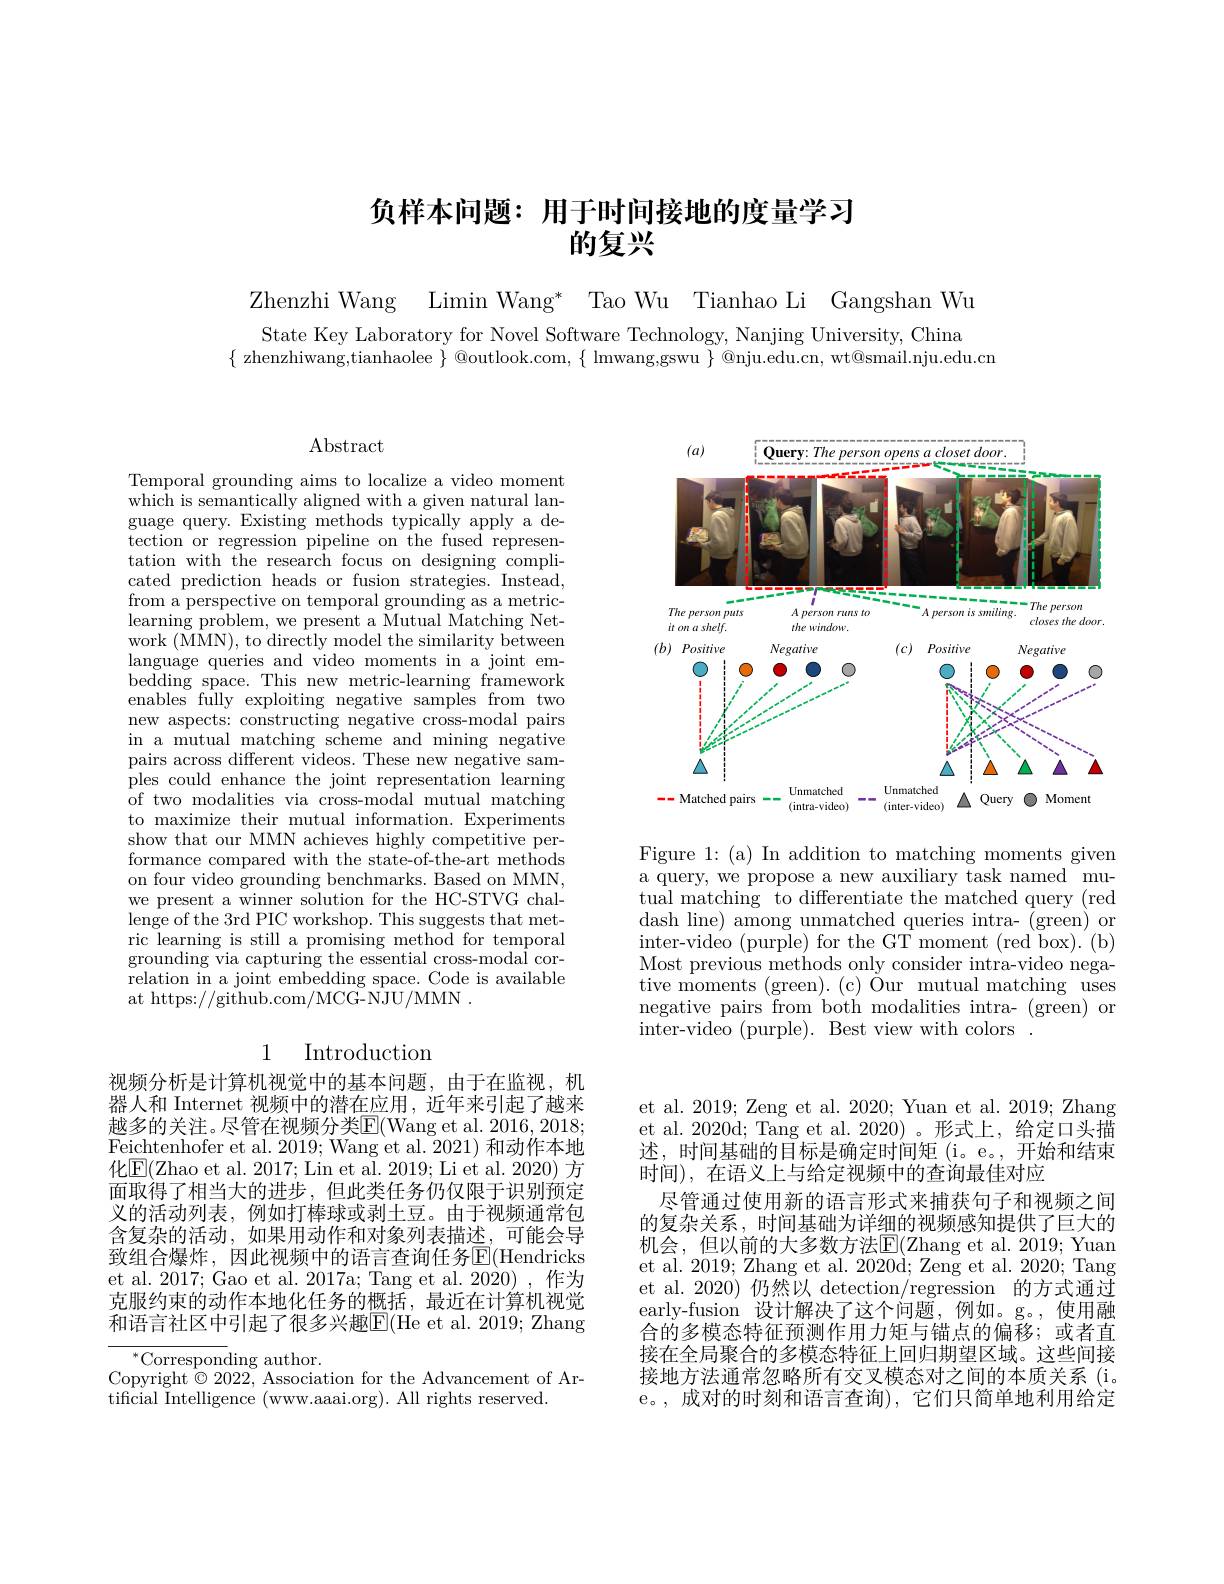
# 负样本问题：用于时间接地的度量学习的复兴

Zhenzhi Wang Limin Wang* Tao Wu Tianhao Li Gangshan Wu

State Key Laboratory for Novel Software Technology, Nanjing University, China
$\{$ zhenzhiwang,tianhaolee $\}$ @outlook.com, $\{$ lmwang,gswu $\}$ @nju.edu.cn, wt@smail.nju.edu.cn

$\operatorname{Abstract}$

Temporal grounding aims to localize a video moment $\bar{\text{which is semantically aligned with a given natural lan-}}$ guage query. Existing methods typically apply a detection or regression pipeline on the fused representation with the research focus on designing complicated prediction heads or fusion strategies. Instead, from a perspective on temporal grounding as a metriclearning problem, we present a Mutual Matching Network (MMN), to directly model the similarity between language queries and video moments in a joint embedding space. This new metric-learning framework enables fully exploiting negative samples from two new aspects: constructing negative cross-modal pairs in a mutual matching scheme and mining negative pairs across different videos. These new negative samples could enhance the joint representation learning of two modalities via cross-modal mutual matching to maximize their mutual information. Experiments show that our MMN achieves highly competitive performance compared with the state-of-the-art methods on four video grounding benchmarks. Based on MMN, we present a winner solution for the HC-STVG challenge of the 3rd PIC workshop. This suggests that metric learning is still a promising method for temporal grounding via capturing the essential cross-modal correlation in a joint embedding space. Code is available at https://github.com/MCG-NJU/MMN~.

## 1 Introduction

视频分析是计算机视觉中的基本问题，由于在监视，机器人和 Internet 视频中的潜在应用，近年来引起了越来越多的关注。尽管在视频分类E(Wang et al. 2016, 2018; Feichtenhofer et al. 2019; Wang et al. 2021) 和动作本地化$\boxed{\mathrm{E}}($Zhao et al. 2017; Lin et al. 2019; Li et al. 2020) 方面取得了相当大的进步，但此类任务仍仅限于识别预定义的活动列表，例如打棒球或剥土豆。由于视频通常包含复杂的活动，如果用动作和对象列表描述，可能会导致组合爆炸，因此视频中的语言查询任务$\mathbb{E}($Hendricks et al. 2017; Gao et al. 2017a; Tang et al. 2020), 作为克服约束的动作本地化任务的概括，最近在计算机视觉和语言社区中引起了很多兴趣$\overline{\mathrm{E}}($He et al. 2019; Zhang

$^{*}$Corresponding author.
Copyright $\odot2022$, Association for the Advancement of Ar-
tificial Intelligence (www.aaai.org). All rights reserved.

<FigureHere>

Figure 1:(a) In addition to matching moments given a query, we propose a new auxiliary task named mutual matching to differentiate the matched query (red dash line) among unmatched queries intra- (green) or inter-video (purple) for the GT moment (red box). (b) Most previous methods only consider intra-video negative moments (green). (c) Our mutual matching uses negative pairs from both modalities intra- (green) or inter-video (purple). Best view with colors .

et al. 2019; Zeng et al. 2020; Yuan et al. 2019; Zhang et al. 2020d; Tang et al. 2020)。形式上，给定口头描述，时间基础的目标是确定时间矩(i。e。,开始和结束时间), 在语义上与给定视频中的查询最佳对应
尽管通过使用新的语言形式来捕获句子和视频之间的复杂关系，时间基础为详细的视频感知提供了巨大的机会，但以前的大多数方法$\underline{\mathrm{E}}($Zhang et al. 2019; Yuan et al. 2019; Zhang et al. 2020d; Zeng et al. 2020; Tang et al. 2020)仍然以 detection/regression 的方式通过early-fusion 设计解决了这个问题，例如。g。,使用融合的多模态特征预测作用力矩与锚点的偏移；或者直接在全局聚合的多模态特征上回归期望区域。这些间接接地方法通常忽略所有交叉模态对之间的本质关系 (i。e。,成对的时刻和语言查询),它们只简单地利用给定